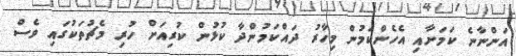
އަންނާނެ ކަމަށާއި އެހެންކަމުން މިހާރު ދައްކަމުންދާ ކުޅުން ކުރިއަށް ހުރި މެޗުތަކުގައި ވެސް